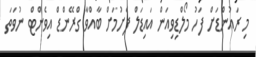
މި ރައުންޑަށް ފަހު މޯލްޑިވިއަން އައިޑަލް ފެށުމަށް ބާއްވާ ގްރޭންޑް އިވެންޓް ނުވަތަ